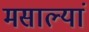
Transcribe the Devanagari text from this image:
मसाल्यां